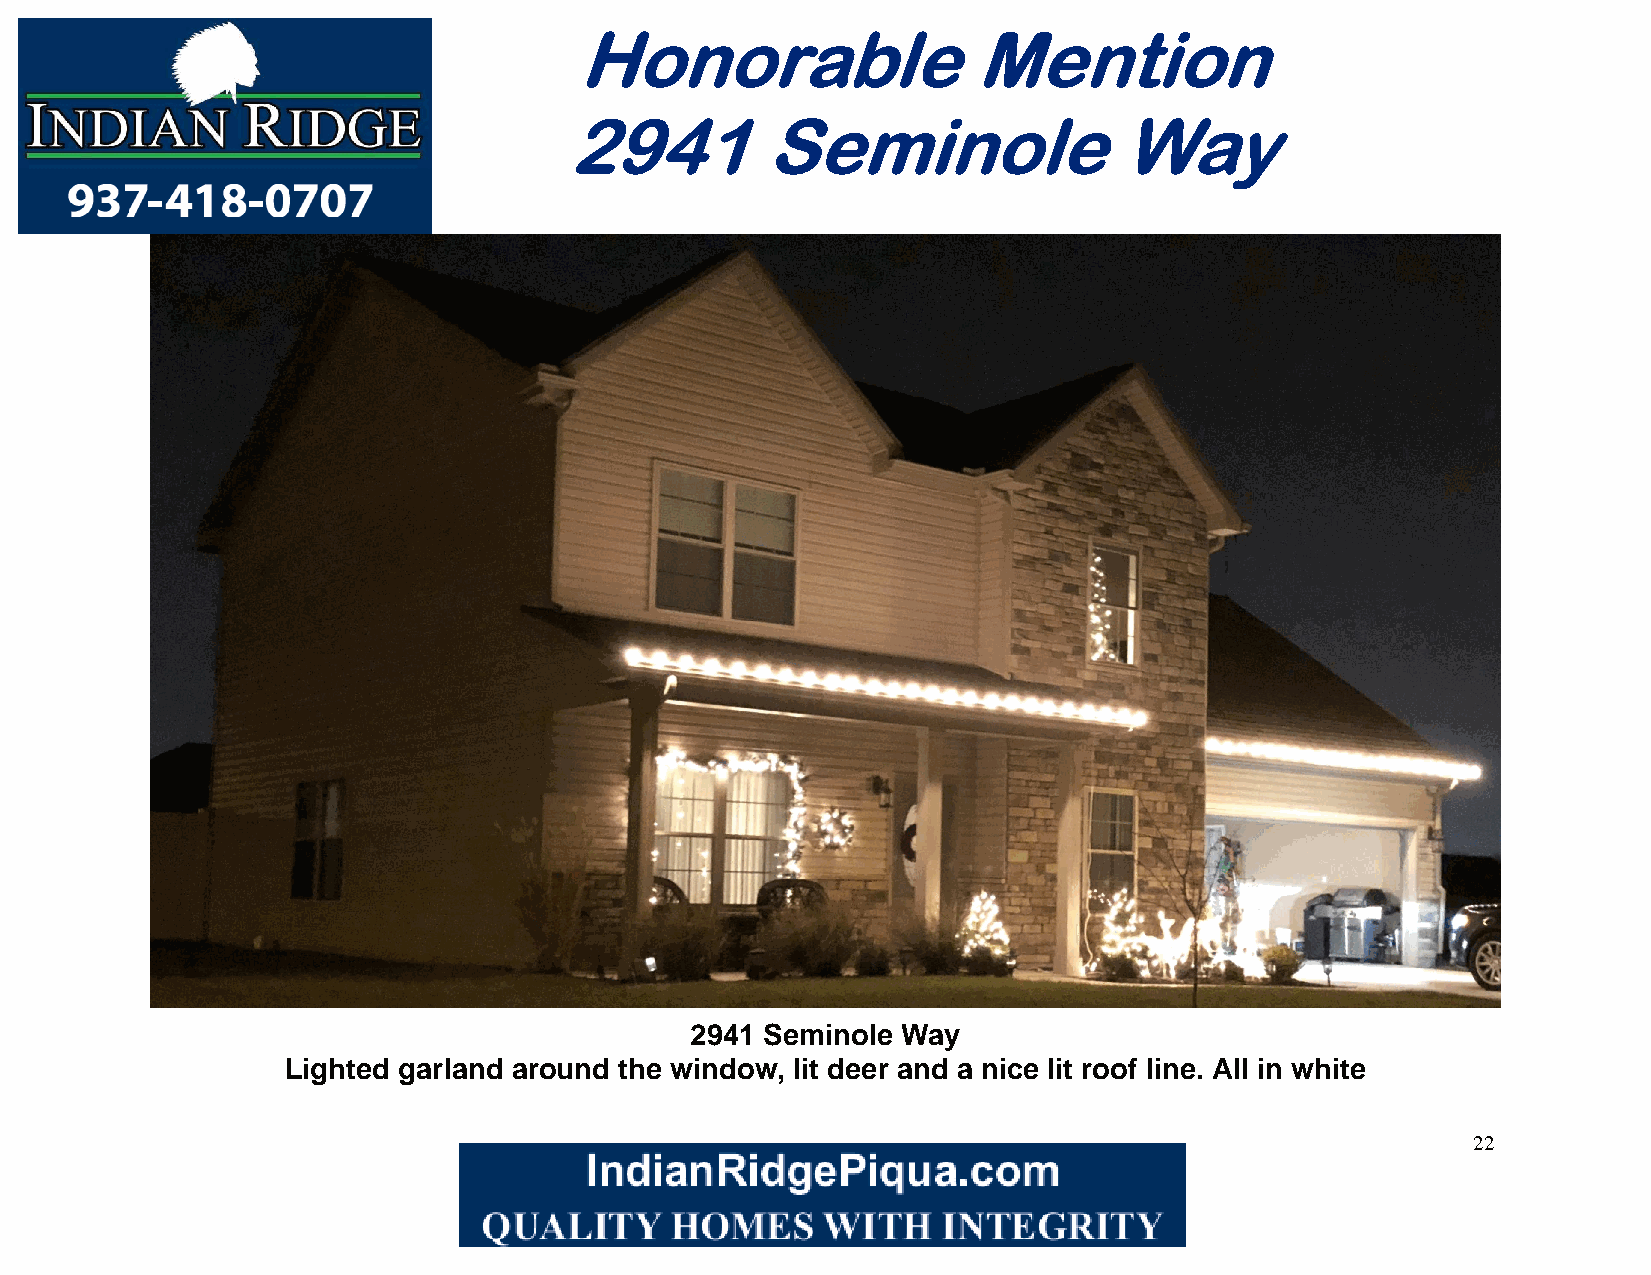
Honorable                 Mention
 2941         Seminole                Way
 2941 Seminole Way
 Lighted garland around the window, lit deer and a nice lit roof line. All in white
 22